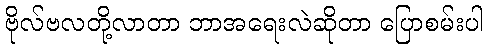
ဗိုလ်ဗလတို့လာတာ ဘာအရေးလဲဆိုတာ ပြောစမ်းပါ